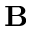
\textbf { B }